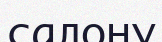
салону